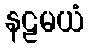
နဠမယံ